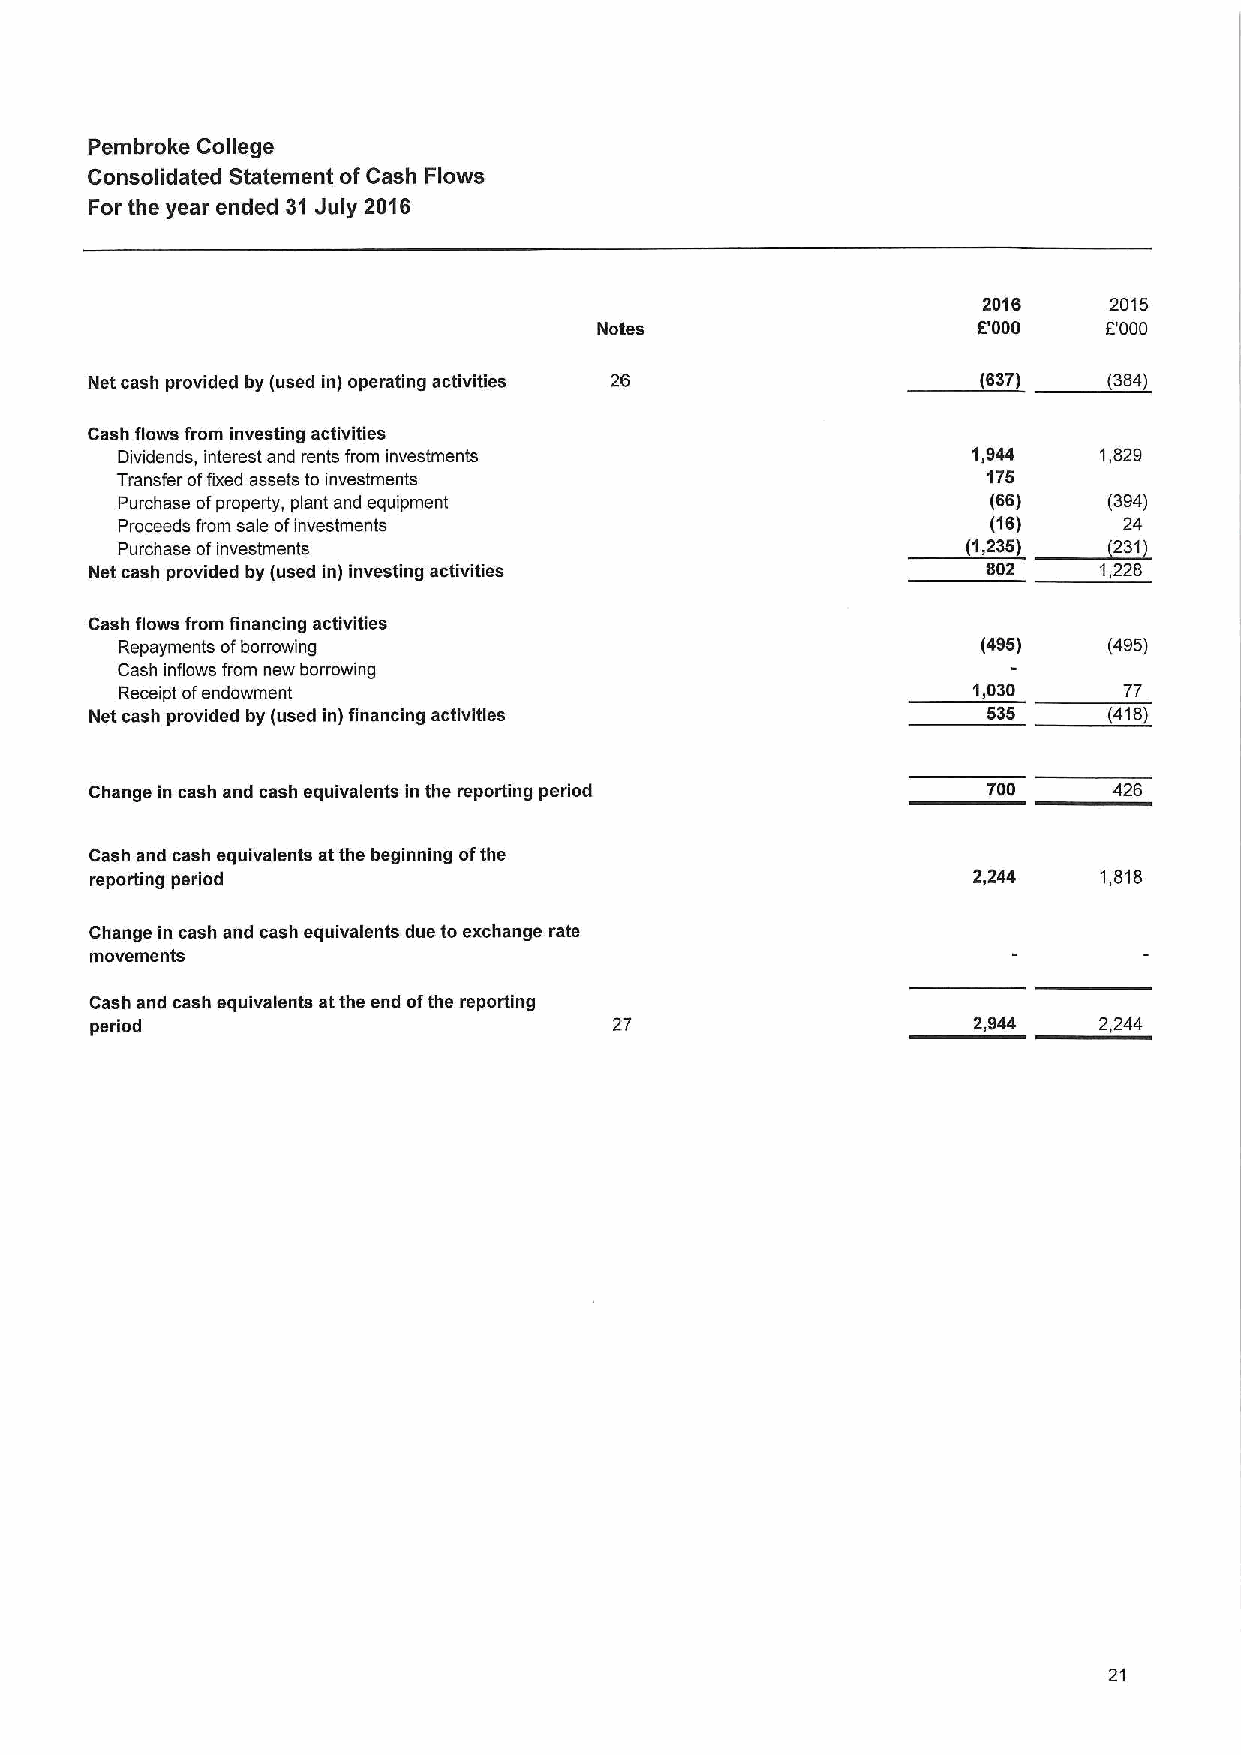
Pembroke College
 Consolidated Statement ofCash Flows
 For the year ended 31 July 2016
 2016    2015
 Notes                    5'000   8'000
 Net cash provided by (used in) operating activities 26     637)    (384)
 Cash flows from investing activities
 Dividends, interest and rents from investments          1,944    1,829
 Transfer offixed assets to investments                   175
 Purchase ofproperty, plant and equipment                  (66)   (394)
 Proceeds from sale ofinvestments                          (16)    24
 Purchase ofinvestments                                  (1,235)  (231)
 Net cash provided by (used in) investing activities        802     1,228
 Cash flows from financing activities
 Repayments ofborrowing                                   (495)   (495)
 Cash inflowe from new borrowing
 Receipt ofendowment                                     1,030     77
 Net cash provided by (used in) financing activities        535     (418)
 Change in cash and cash equivalents in the reporang period 700      426
 Cash and cash equivalents at the beginning ofthe
 reporting period                                          2,244    1,818
 Change in cash and cash equivalents due to exchange rate
 movements
 Cash and cash equivalents atthe end ofthe reporting
 period                             27                     2,944    2,244
 21